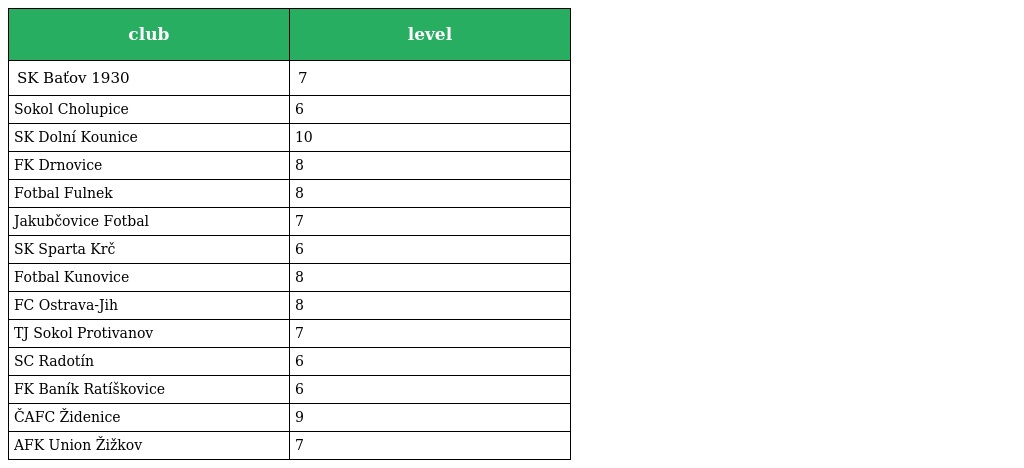
| club | level |
 | --- | --- |
 | SK Baťov 1930 | 7 |
 | Sokol Cholupice | 6 |
 | SK Dolní Kounice | 10 |
 | FK Drnovice | 8 |
 | Fotbal Fulnek | 8 |
 | Jakubčovice Fotbal | 7 |
 | SK Sparta Krč | 6 |
 | Fotbal Kunovice | 8 |
 | FC Ostrava-Jih | 8 |
 | TJ Sokol Protivanov | 7 |
 | SC Radotín | 6 |
 | FK Baník Ratíškovice | 6 |
 | ČAFC Židenice | 9 |
 | AFK Union Žižkov | 7 |